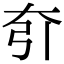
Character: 𡗵